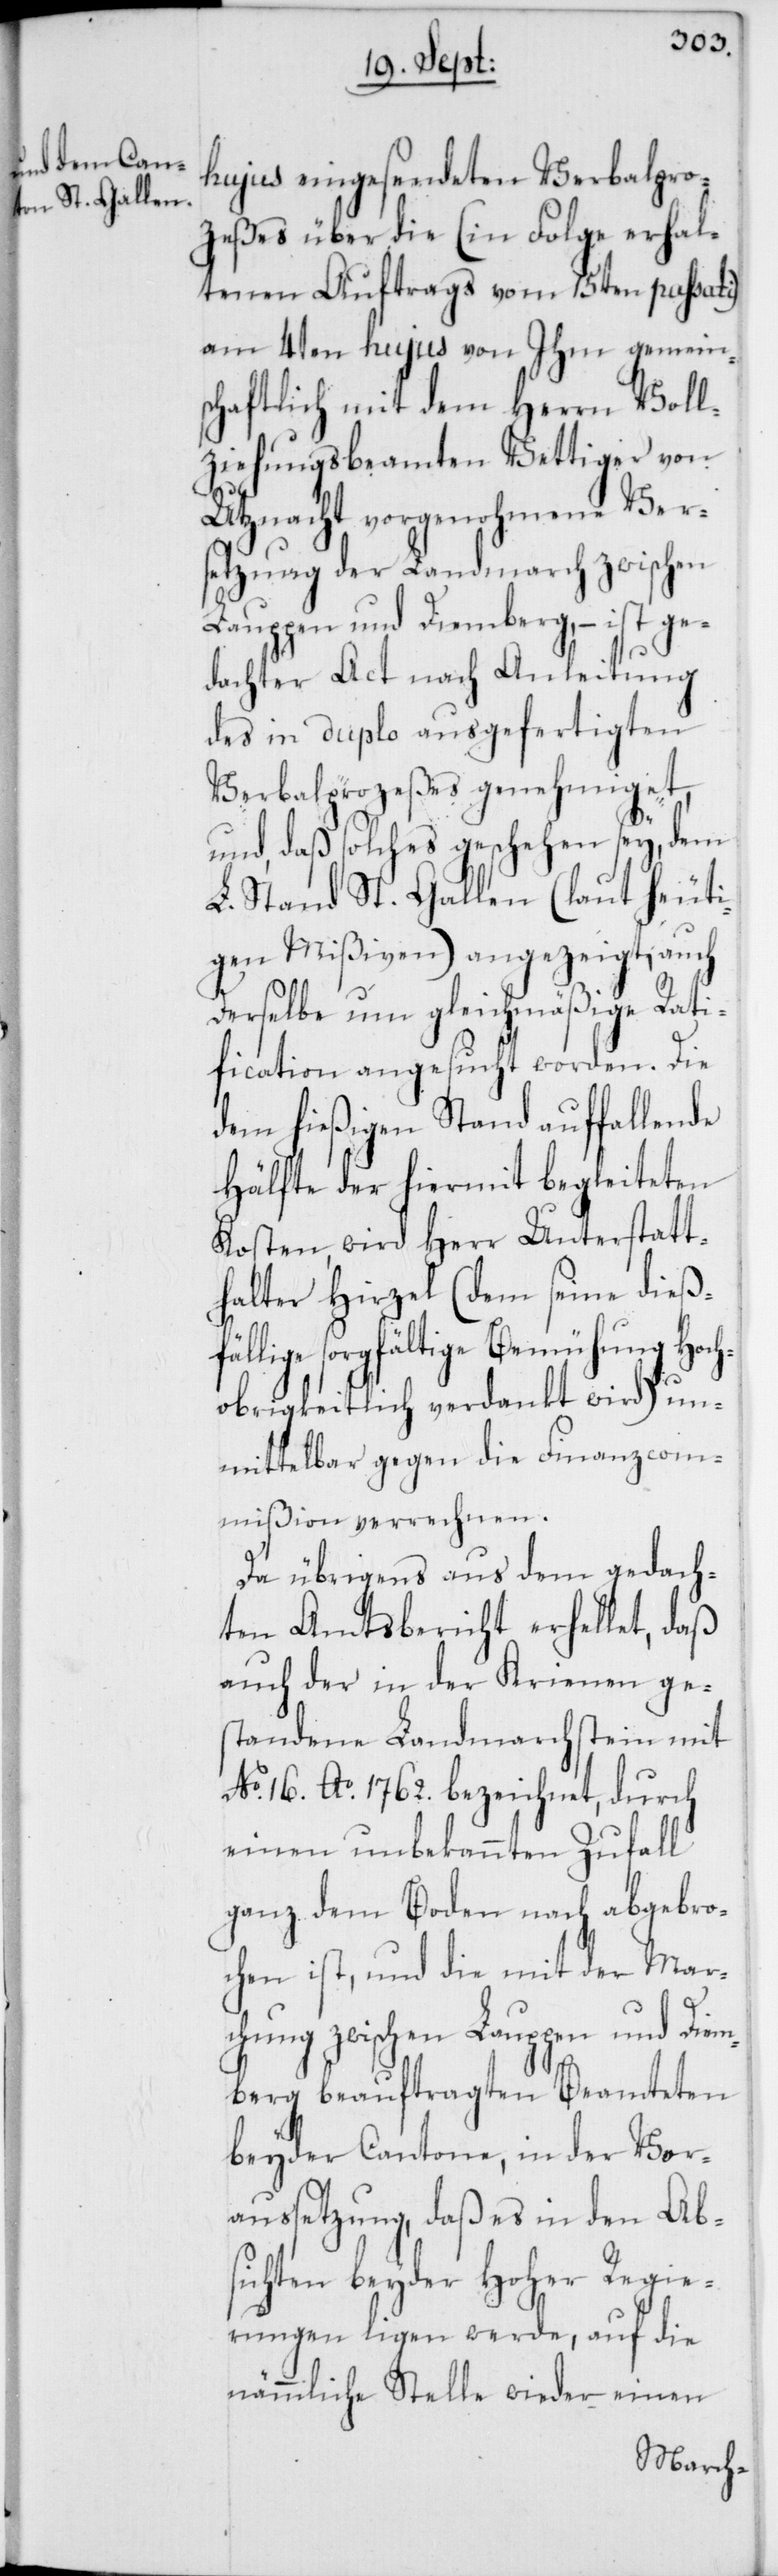
hujus eingesendeten Verbalpro¬
zeßes über die (in Folge erhal¬
tenen Auftrags vom 15ten passati)
am 4ten hujus von Ihm gemein¬
schaftlich mit dem Herrn Voll¬
ziehungsbeamten Vettiger von
Utznacht vorgenohmene Vers¬
etzung der Landmarch zwischen
Lauppen und Diemberg, – ist ge¬
dachter Act nach Anleitung
des in duplo ausgefertigten
Verbalprozeßes genehmiget,
und, daß solches geschehen sey, dem
L. Stand St. Gallen (laut heuti¬
gen Mißiven) angezeigt, auch
derselbe um gleichmäßige Rati¬
fication angesucht worden. Die
dem hießigen Stand auffallende
Hälfte der hiermit begleiteten
Kosten, wird Herr Unterstatt¬
halter Hirzel (dem seine dieß¬
fällige sorgfältige Bemühung Hoch¬
obrigkeitlich verdankt wird) un¬
mittelbar gegen die Finanzcom¬
mißion verrechnen.
Da übrigens aus dem gedach¬
ten Amtsbericht erhellet, daß
auch der in der Krienen ge¬
standene Landmarchstein mit
No. 16. Ao. 1762. bezeichnet, durch
einen unbekannten Zufall
ganz dem Boden nach abgebro¬
chen ist, und die mit der Mar¬
chung zwischen Lauppen und Diem¬
berg beauftragten Beamteten
beyder Cantone, in der Vor¬
aussetzung, daß es in den Ab¬
sichten beyder Hoher Regie¬
rungen ligen werde, auf die
nämmliche Stelle wieder einen